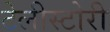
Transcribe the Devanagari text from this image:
टेलीस्टोरी